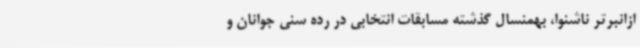
ازانبرتر ناشنوا، بهمنسال گذشته مسابقات انتخابی در رده سنی جوانان و